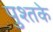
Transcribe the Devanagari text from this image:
पुश्तके